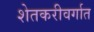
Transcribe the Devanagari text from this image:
शेतकरीवर्गात